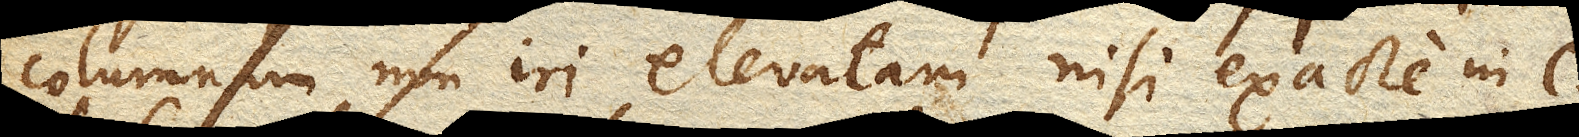
columnam non iri elevatam nisi exacte in c.